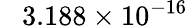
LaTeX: \phantom{+}3.188\times 10^{-16}